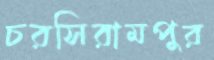
চরসিরামপুর